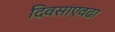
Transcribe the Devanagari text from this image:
दिवसांएवढा